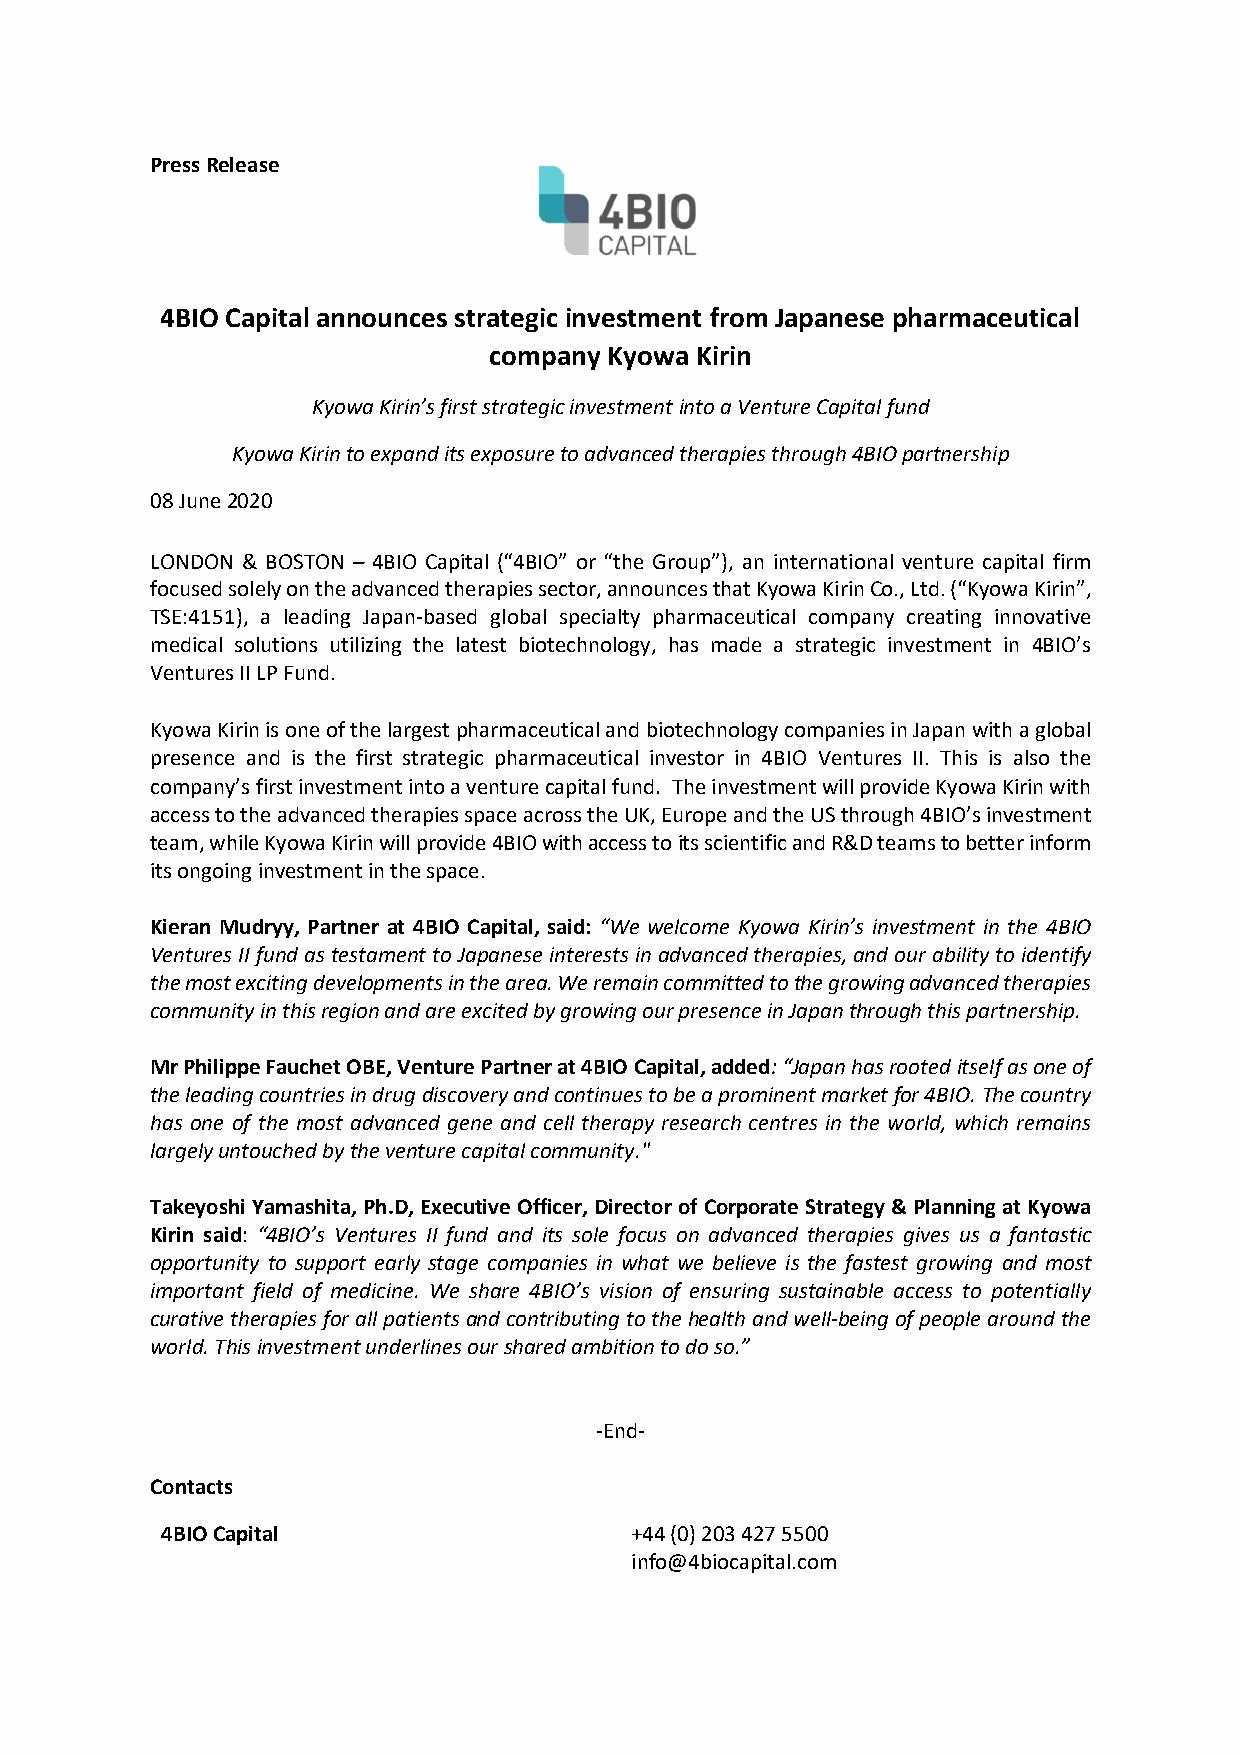
Press Release
 4BIO Capital announces strategic investment from Japanese pharmaceutical
 company Kyowa Kirin
 Kyowa Kirin’s first strategic investment into a Venture Capital fund
 Kyowa Kirin to expand its exposure to advanced therapies through 4BIO partnership
 08 June 2020
 LONDON & BOSTON – 4BIO Capital (“4BIO” or “the Group”), an international venture capital firm
 focused solely on the advanced therapies sector, announces that Kyowa Kirin Co., Ltd. (“Kyowa Kirin”,
 TSE:4151), a leading Japan-based global specialty pharmaceutical company creating innovative
 medical solutions utilizing the latest biotechnology, has made a strategic investment in 4BIO’s
 Ventures II LP Fund.
 Kyowa Kirin is one of the largest pharmaceutical and biotechnology companies in Japan with a global
 presence and is the first strategic pharmaceutical investor in 4BIO Ventures II. This is also the
 company’s first investment into a venture capital fund. The investment will provide Kyowa Kirin with
 access to the advanced therapies space across the UK, Europe and the US through 4BIO’s investment
 team, while Kyowa Kirin will provide 4BIO with access to its scientific and R&D teams to better inform
 its ongoing investment in the space.
 Kieran Mudryy, Partner at 4BIO Capital, said: “We welcome Kyowa Kirin’s investment in the 4BIO
 Ventures II fund as testament to Japanese interests in advanced therapies, and our ability to identify
 the most exciting developments in the area. We remain committed to the growing advanced therapies
 community in this region and are excited by growing our presence in Japan through this partnership.
 Mr Philippe Fauchet OBE, Venture Partner at 4BIO Capital, added: “Japan has rooted itself as one of
 the leading countries in drug discovery and continues to be a prominent market for 4BIO. The country
 has one of the most advanced gene and cell therapy research centres in the world, which remains
 largely untouched by the venture capital community."
 Takeyoshi Yamashita, Ph.D, Executive Officer, Director of Corporate Strategy & Planning at Kyowa
 Kirin said: “4BIO’s Ventures II fund and its sole focus on advanced therapies gives us a fantastic
 opportunity to support early stage companies in what we believe is the fastest growing and most
 important field of medicine. We share 4BIO’s vision of ensuring sustainable access to potentially
 curative therapies for all patients and contributing to the health and well-being of people around the
 world. This investment underlines our shared ambition to do so.”
 -End-
 Contacts
 4BIO Capital                   +44 (0) 203 427 5500
 info@4biocapital.com